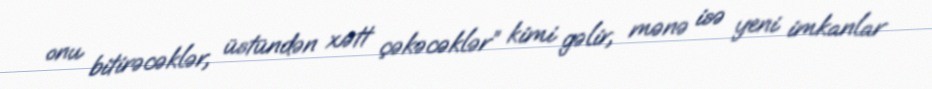
onu bitirəcəklər, üstündən xətt çəkəcəklər” kimi gəlir, mənə isə yeni imkanlar